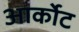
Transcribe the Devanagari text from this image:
आर्कोट